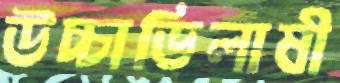
উচ্চাভিলাষী